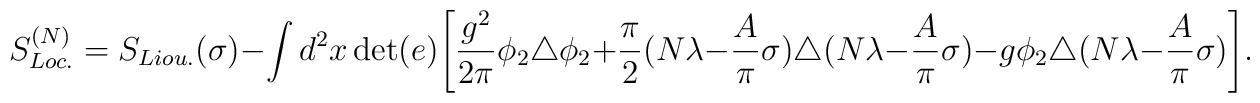
S^{(N)}_{Loc.}=S_{Liou.}(\sigma)-\int d^2x\det(e)\Biggl[{g^2\over 2\pi}\phi_2\triangle\phi_2+{\pi\over 2}(N\lambda-{A\over \pi}\sigma)\triangle(N\lambda-{A\over \pi}\sigma)-g\phi_2\triangle(N\lambda-{A\over \pi}\sigma)\Biggr].